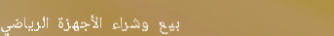
بيع وشراء الأجهزة الرياضي